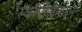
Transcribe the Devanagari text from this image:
स्कॉपोलैमाइन